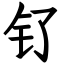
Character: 钌